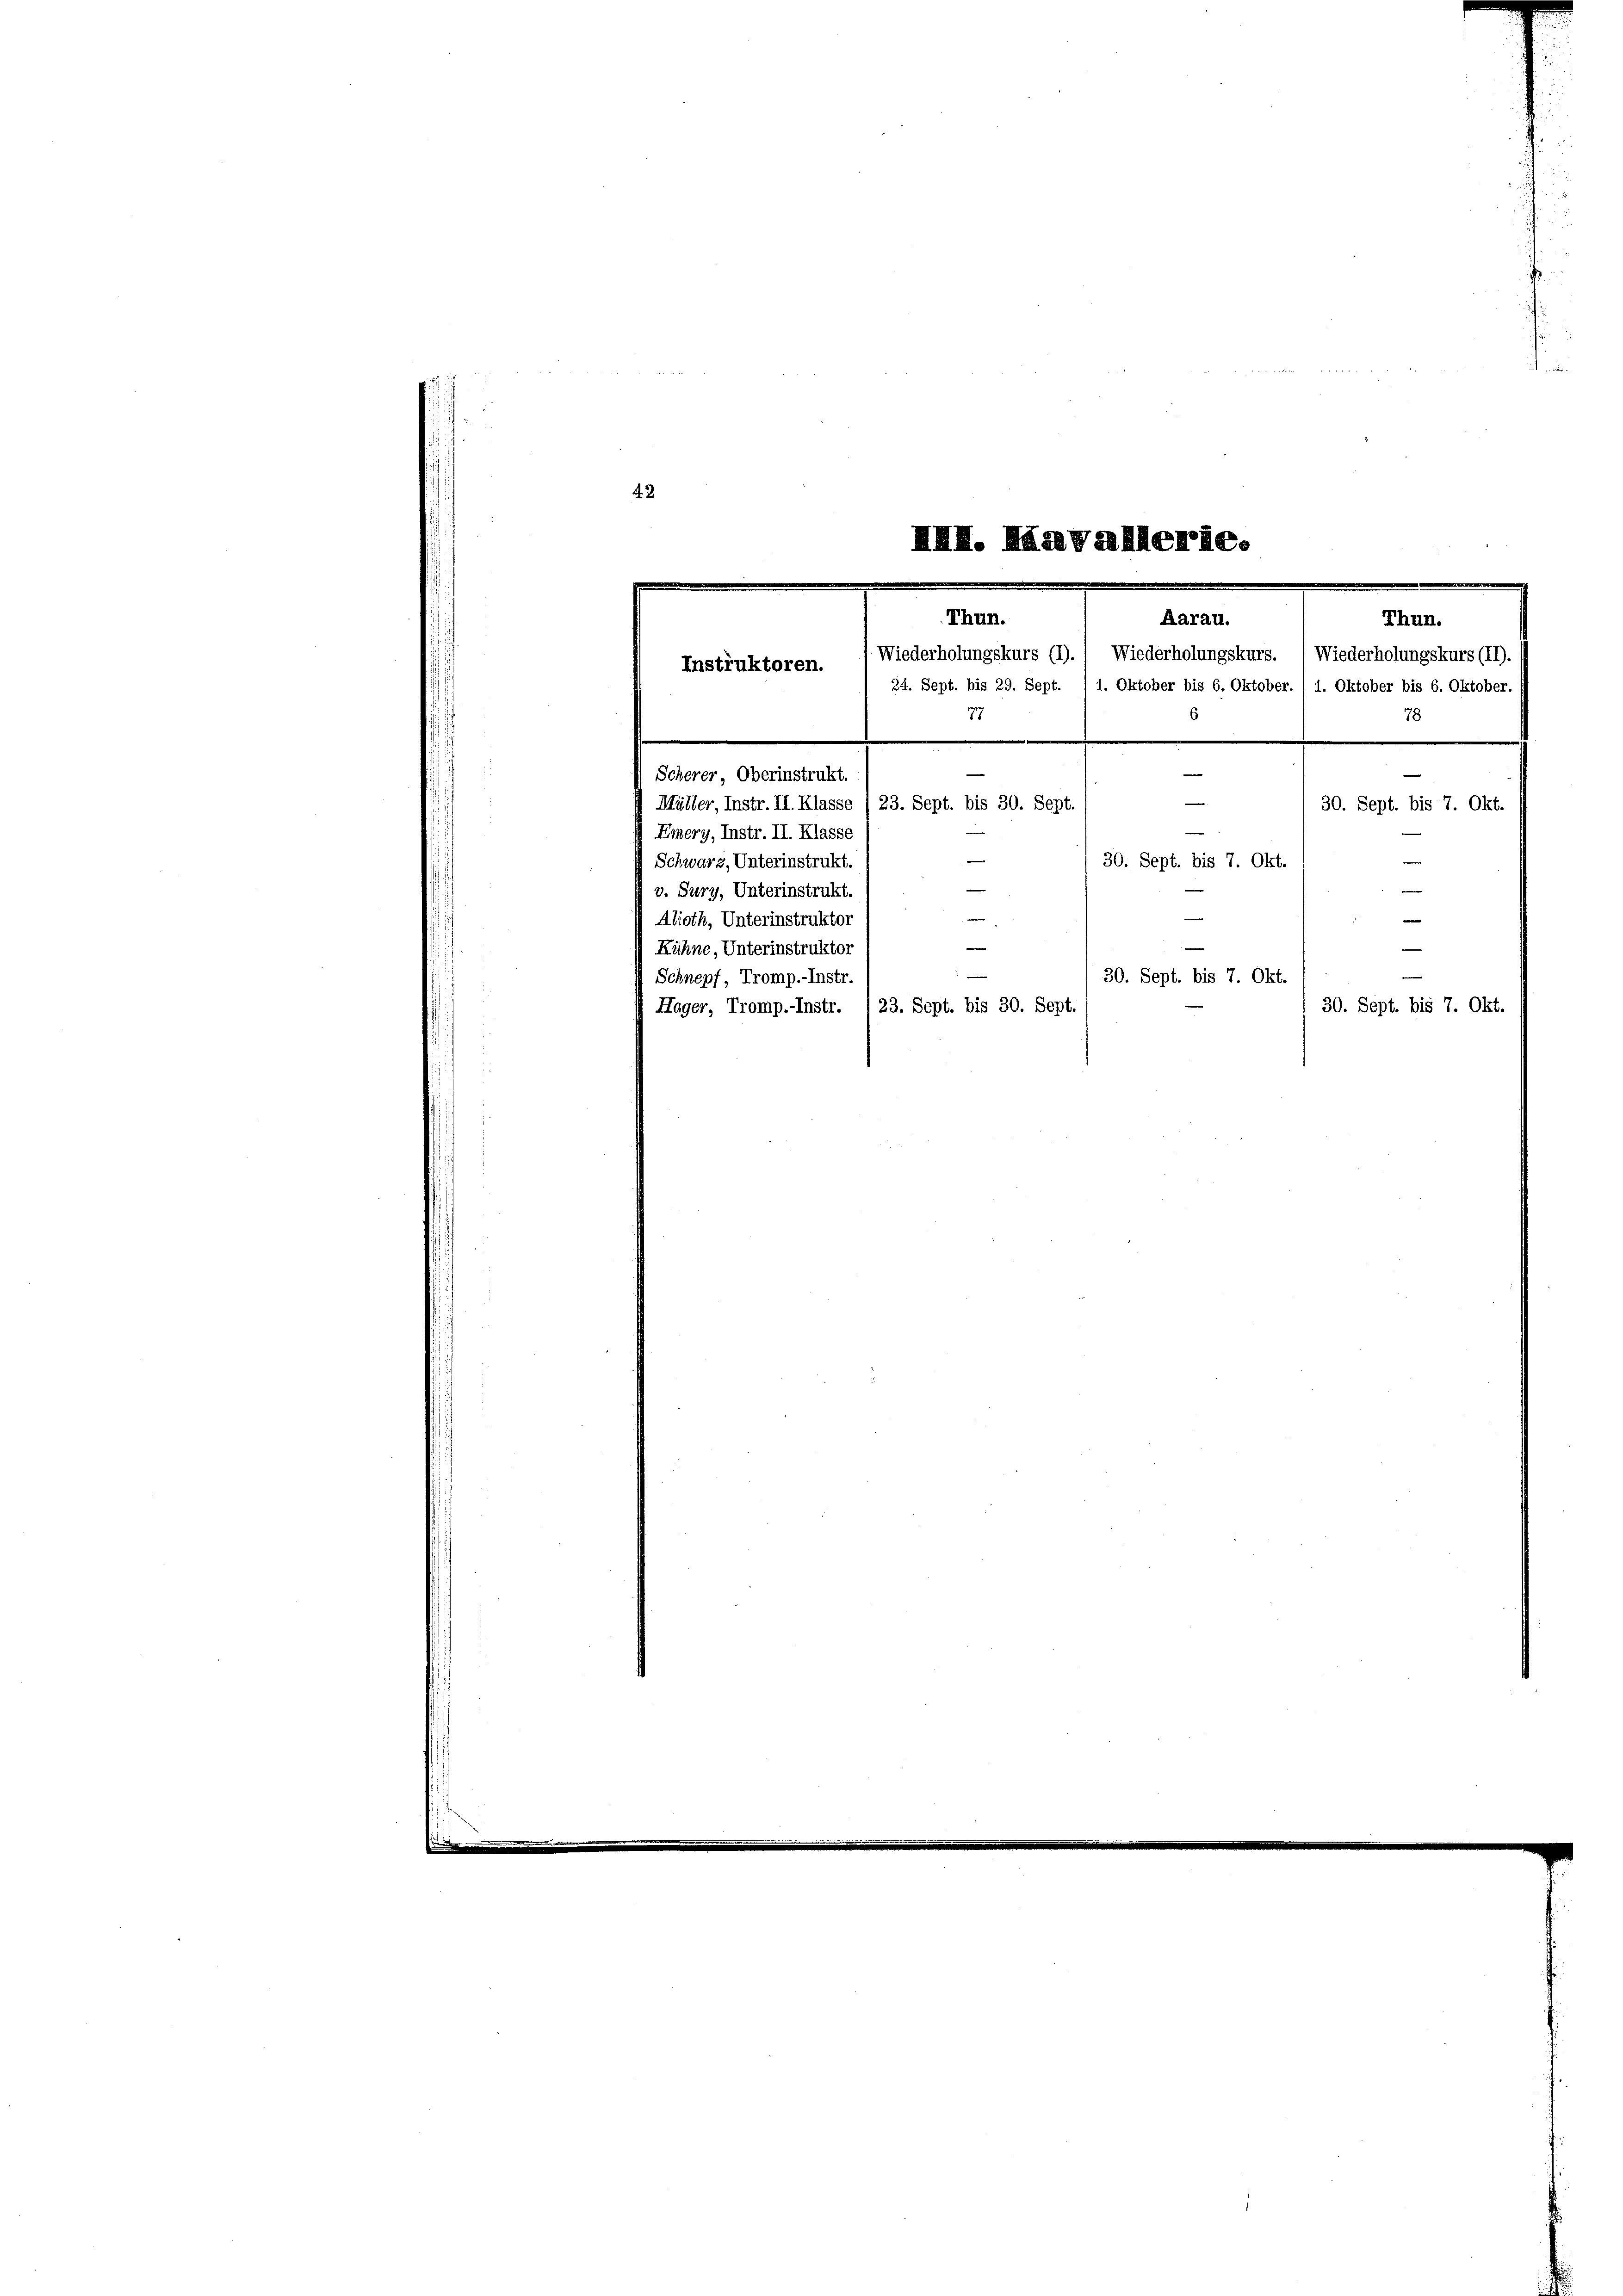
42
78
77
.
Scherer, Oberinstrukt.
Müller, Instr. II. Klasse (23. Sept. bis 30. Sept.
30. Sept. bis 7. Okt.
Emery, Instr. II. Klasse
30. Sept. bis 7. Okt.
Schwarz, Unterinstrukt
—
v. Sury, Unterinstrukt.
—
e
Alioth, Unterinstrukto:
Kühne, Unterinstruktor
¬
30. Sept. bis 7. Okt.
Schnepf, Tromp.-Instr.
30. Sept. bis 7. Okt.
Hager, Tromp.- Instr. 123. Sept. bis 30. Sept.

XXI. Haavallerie.
.
Thun.
Aarau.
Thun.
Wiederholungskurs (I). Wiederholungskurs. (Wiederholungskurs (II).
Instruktoren.
/ 34. Sept. bis 29. Sept. / 1. Oktober bis 6. Oktober. / 1. Oktober bis 6. Oktober.